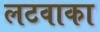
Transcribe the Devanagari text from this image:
लटवाका